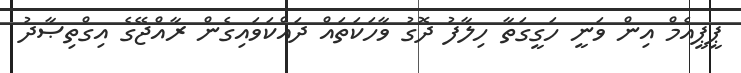
ޕީޕީއެމް އިން ވަނީ ހަގީގަތާ ހިލާފު ދޮގު ވާހަކަތައް ދައްކަވައިގެން ރާއްޖޭގެ އިގްތިޞާދު